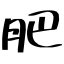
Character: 肥